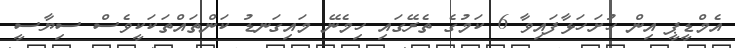
އެމްޑީޕީ އިން ހުށަހަޅާފައިވާ 6 ކަމުގެ ތެރޭގައި ހިމެނޭ މައިގަނޑު ކަންތައްތަކަކީވެސް ސިޔާސީ